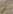
لي